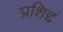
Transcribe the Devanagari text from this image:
प्रशिद्दं